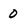
Character: 0